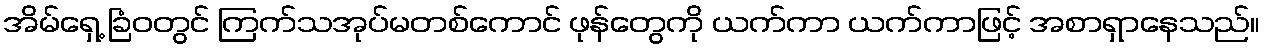
အိမ်ရှေ့ ခြံဝတွင် ကြက်သအုပ်မတစ်ကောင် ဖုန်တွေကို ယက်ကာ ယက်ကာဖြင့် အစာရှာနေသည်။